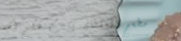
مطعم السلطان يقدم لكم أشه